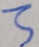
3